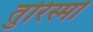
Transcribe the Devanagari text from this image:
तुरिस्मो